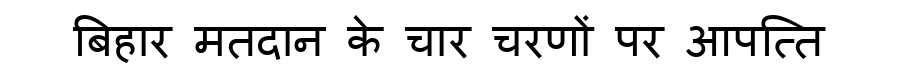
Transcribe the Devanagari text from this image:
बिहार मतदान के चार चरणों पर आपत्ति